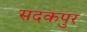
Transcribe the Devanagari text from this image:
सदकपुर